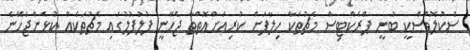
ސެކުލޮވްސްކީ ބުނީ ޕްރެކްޓިސް މެޗުތަކާ ހިލާފަށް ކުރިއަށްއޮތްތާ ޖެހޭނީ ފުލުފުލުގައި މެޗުތަކެއް ކުޅެންޖެހޭނެ